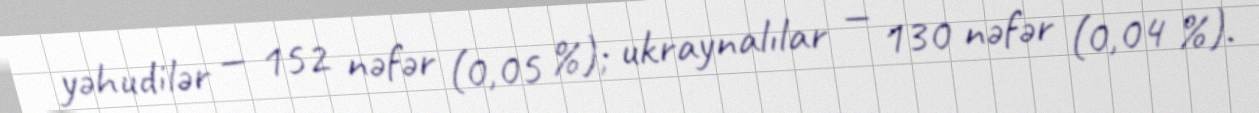
yəhudilər — 152 nəfər (0,05 %); ukraynalılar — 130 nəfər (0,04 %).